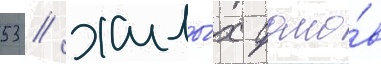
53 / жилы́х домо́в